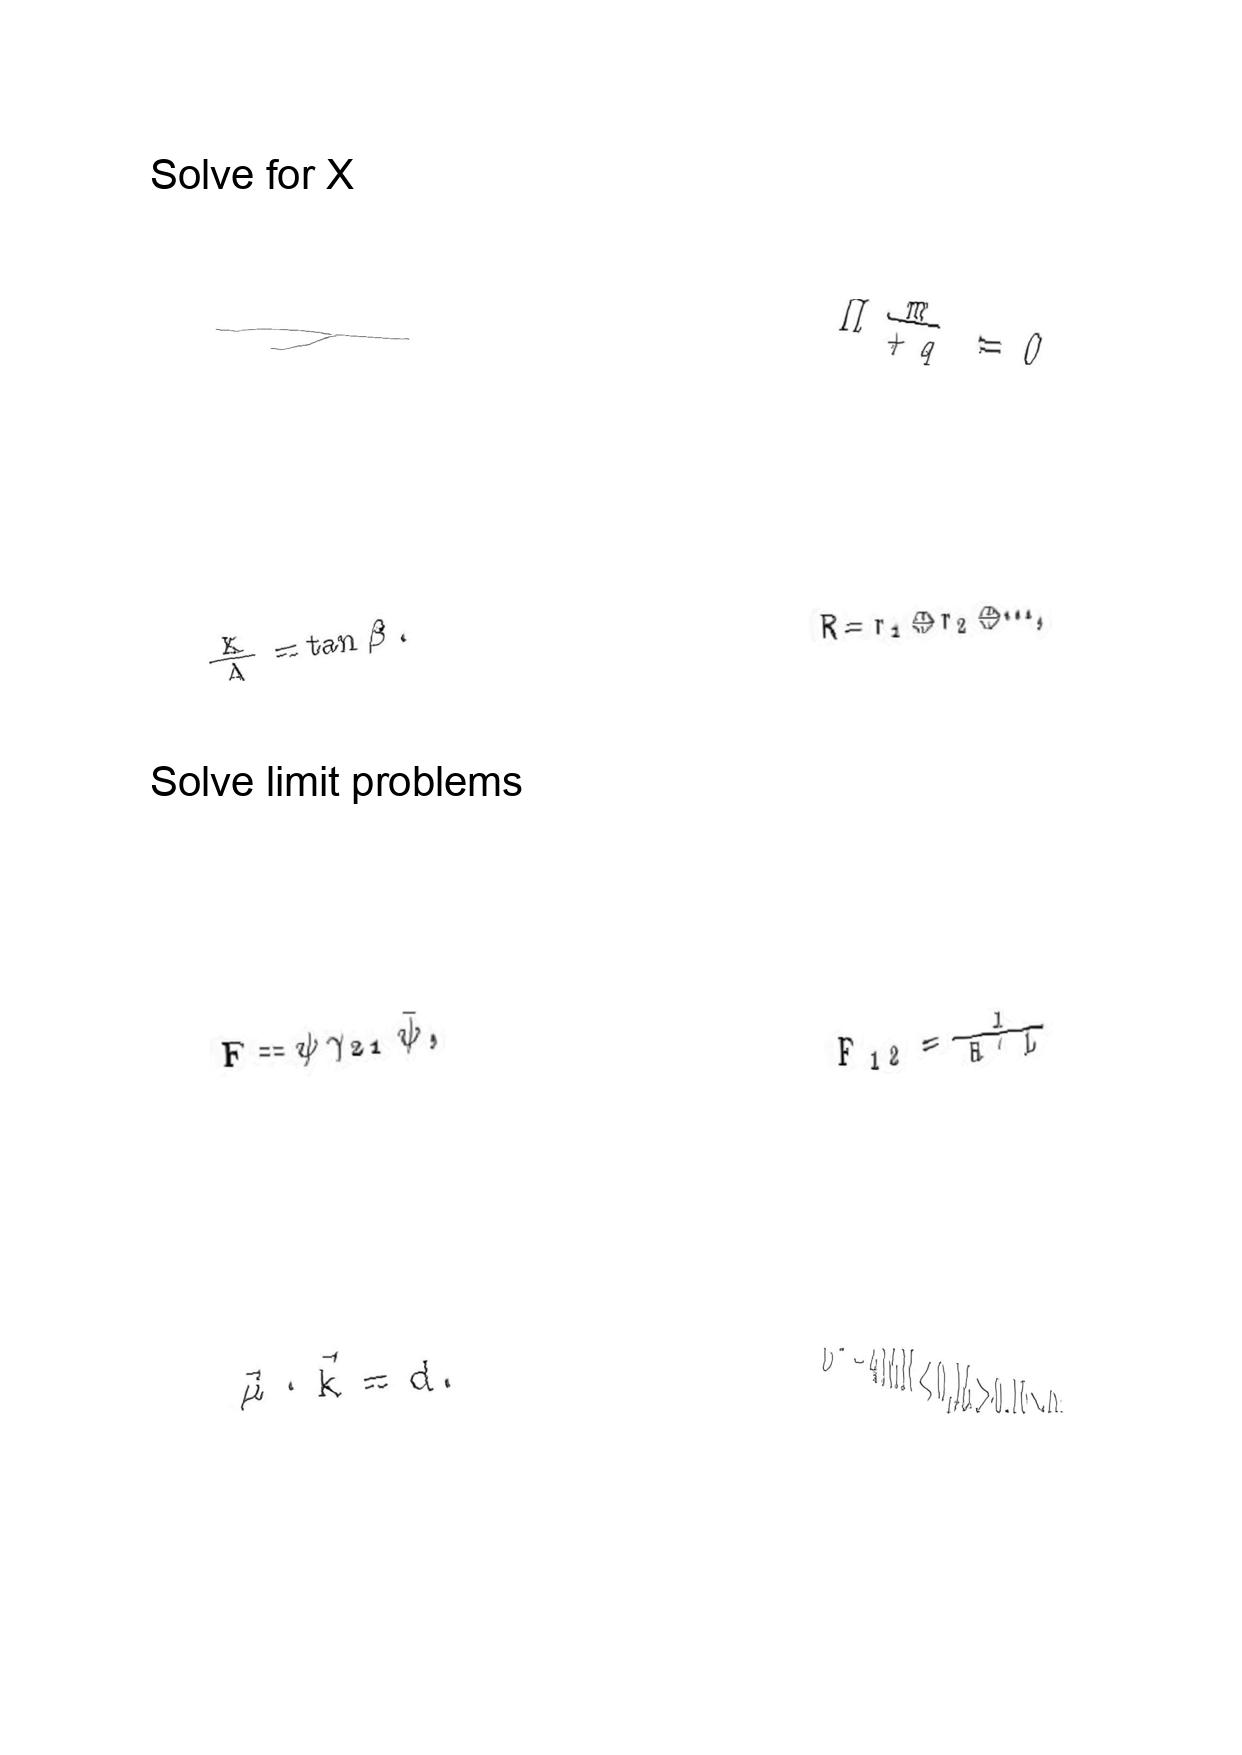
LaTeX transcription:
\tau
\frac { K } { \Lambda } = \tan \beta .
F = \psi \gamma _ { 2 1 } \tilde { \psi } ,
\vec { \mu } \cdot \vec { k } = d .
\Pi _ { + q } ^ { \underline { m } } = 0
R = r _ { 1 } \oplus r _ { 2 } \oplus \@cdots ,
F _ { 1 2 } = \frac { 1 } { R ^ { \prime } L }
L ^ { 2 } - 4 M N \lt 0 , M \gt 0 , N \gt 0 .